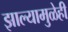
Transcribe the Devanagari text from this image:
झाल्यामुळेही